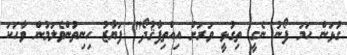
ގުޅަން ހަމަ ފޯނު ނެގީ ތިގުޅީ ވަރަށް އިއްތިފާޤުދޯ" ފަޔާޒު ހިނިތުންވެލަމުން ވާހަކަ